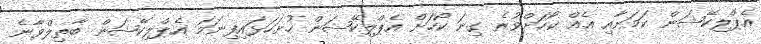
އެޕްލިކޭޝަން ކަމަށާއި އެއް ކޯހަށްވުރެ ގިނަ ކޯހަށް އެޕްލިކޭޝަން ހުށަހަޅައިފިނަމަ އެޕްލިކޭޝަން ބާތިލްވާނެ